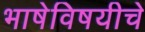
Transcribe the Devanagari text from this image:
भाषेविषयीचे